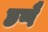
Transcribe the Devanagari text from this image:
छप्पै